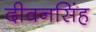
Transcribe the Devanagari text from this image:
दीवनसिंह